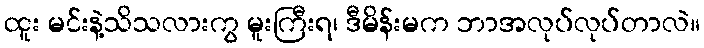
ထူး မင်းနဲ့သိသလားကွ မူးကြီးရ၊ ဒီမိန်းမက ဘာအလုပ်လုပ်တာလဲ။